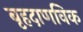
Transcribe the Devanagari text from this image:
बृहदाणविक